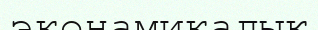
эконамикалық